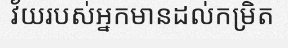
វ័យរបស់អ្នកមានដល់កម្រិត